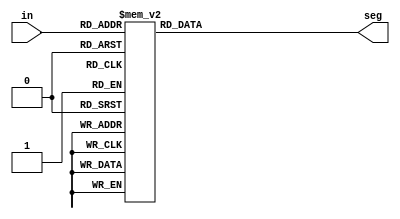
module seven_seg(
	input [3:0] in,
	output reg [7:0] seg
);

	always@(*) begin
		case(in)
				4'b0000: seg = 8'b11000000; // 0
            4'b0001: seg = 8'b11111001; // 1
            4'b0010: seg = 8'b10100100; // 2
            4'b0011: seg = 8'b10110000; // 3
            4'b0100: seg = 8'b10011001; // 4
            4'b0101: seg = 8'b10010010; // 5
            4'b0110: seg = 8'b10000010; // 6
            4'b0111: seg = 8'b11111000; // 7
            4'b1000: seg = 8'b10000000; // 8
            4'b1001: seg = 8'b10010000; // 9
            4'b1010: seg = 8'b10001000; // A
            4'b1011: seg = 8'b10000011; // B
            4'b1100: seg = 8'b11000110; // C
            4'b1101: seg = 8'b10100001; // D
            4'b1110: seg = 8'b10000110; // E
            4'b1111: seg = 8'b10001110; // F
            default: seg = 8'b11111111; // default to all segments off
		endcase
	end

endmodule